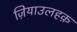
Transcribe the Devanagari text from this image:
ज़ियाउलहक़